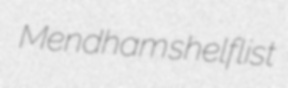
Mendham shelflist